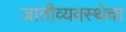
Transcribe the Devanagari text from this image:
जातीव्यवस्थेचा